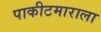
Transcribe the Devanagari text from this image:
पाकीटमाराला